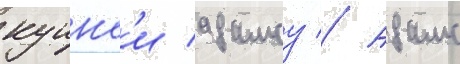
куинс'и адамсу // Адамс